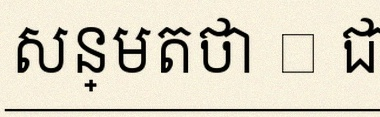
សន្មតថា x ជាចំនួនពិត